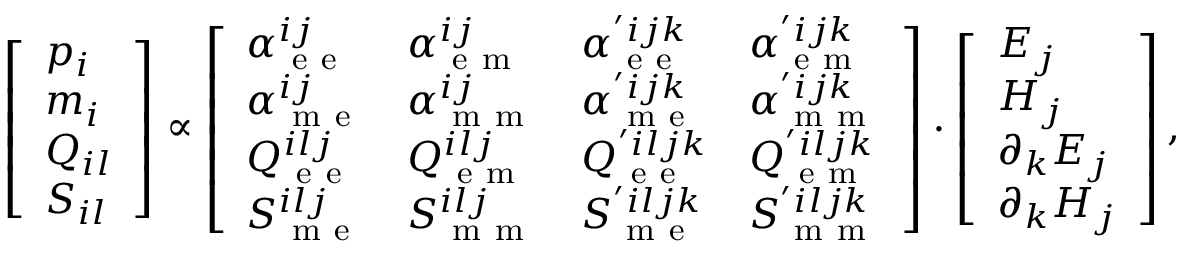
\left[ \begin{array} { l } { p _ { i } } \\ { m _ { i } } \\ { Q _ { i l } } \\ { S _ { i l } } \end{array} \right] \propto \left[ \begin{array} { l l l l } { \alpha _ { \mathrm { ~ e ~ e ~ } } ^ { i j } } & { \alpha _ { \mathrm { ~ e ~ m ~ } } ^ { i j } } & { \alpha _ { \mathrm { ~ e ~ e ~ } } ^ { ' i j k } } & { \alpha _ { \mathrm { ~ e ~ m ~ } } ^ { ' i j k } } \\ { \alpha _ { \mathrm { ~ m ~ e ~ } } ^ { i j } } & { \alpha _ { \mathrm { ~ m ~ m ~ } } ^ { i j } } & { \alpha _ { \mathrm { ~ m ~ e ~ } } ^ { ' i j k } } & { \alpha _ { \mathrm { ~ m ~ m ~ } } ^ { ' i j k } } \\ { Q _ { \mathrm { ~ e ~ e ~ } } ^ { i l j } } & { Q _ { \mathrm { ~ e ~ m ~ } } ^ { i l j } } & { Q _ { \mathrm { ~ e ~ e ~ } } ^ { ' i l j k } } & { Q _ { \mathrm { ~ e ~ m ~ } } ^ { ' i l j k } } \\ { S _ { \mathrm { ~ m ~ e ~ } } ^ { i l j } } & { S _ { \mathrm { ~ m ~ m ~ } } ^ { i l j } } & { S _ { \mathrm { ~ m ~ e ~ } } ^ { ' i l j k } } & { S _ { \mathrm { ~ m ~ m ~ } } ^ { ' i l j k } } \end{array} \right] \cdot \left[ \begin{array} { l } { E _ { j } } \\ { H _ { j } } \\ { \partial _ { k } E _ { j } } \\ { \partial _ { k } H _ { j } } \end{array} \right] ,